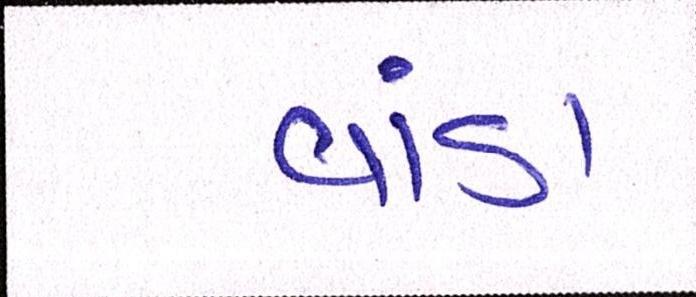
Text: વાંડા